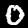
Digit: 0